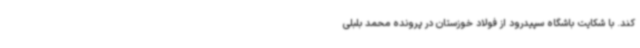
کند. با شکایت باشگاه سپیدرود از فولاد خوزستان در پرونده محمد بلبلی